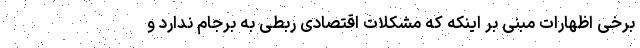
برخی اظهارات مبنی بر اینکه که مشکلات اقتصادی ربطی به برجام ندارد و